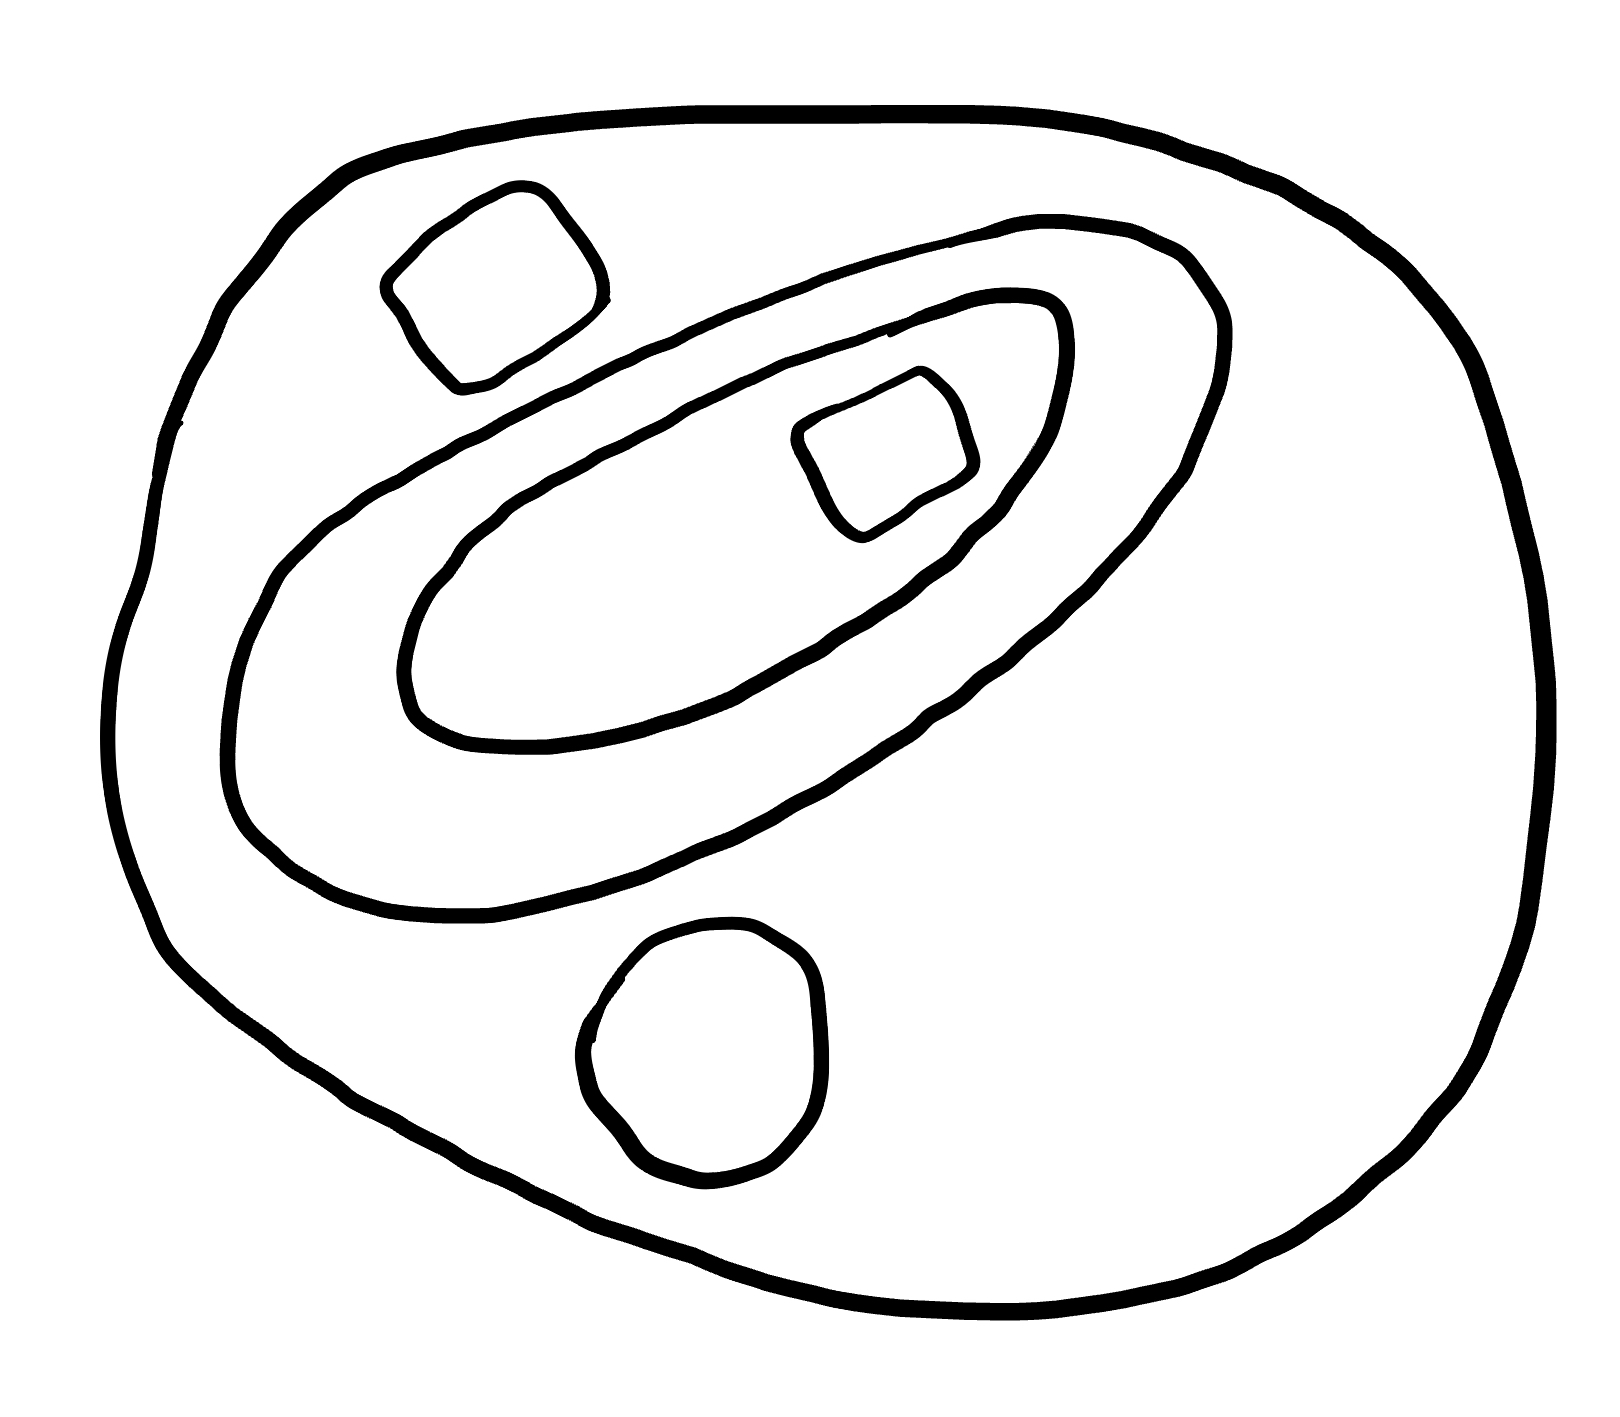
Number of regions (including the outer root region): 7
Containment tree edges (parent, child): 0, 1, 1, 2, 1, 3, 1, 6, 3, 4, 4, 5